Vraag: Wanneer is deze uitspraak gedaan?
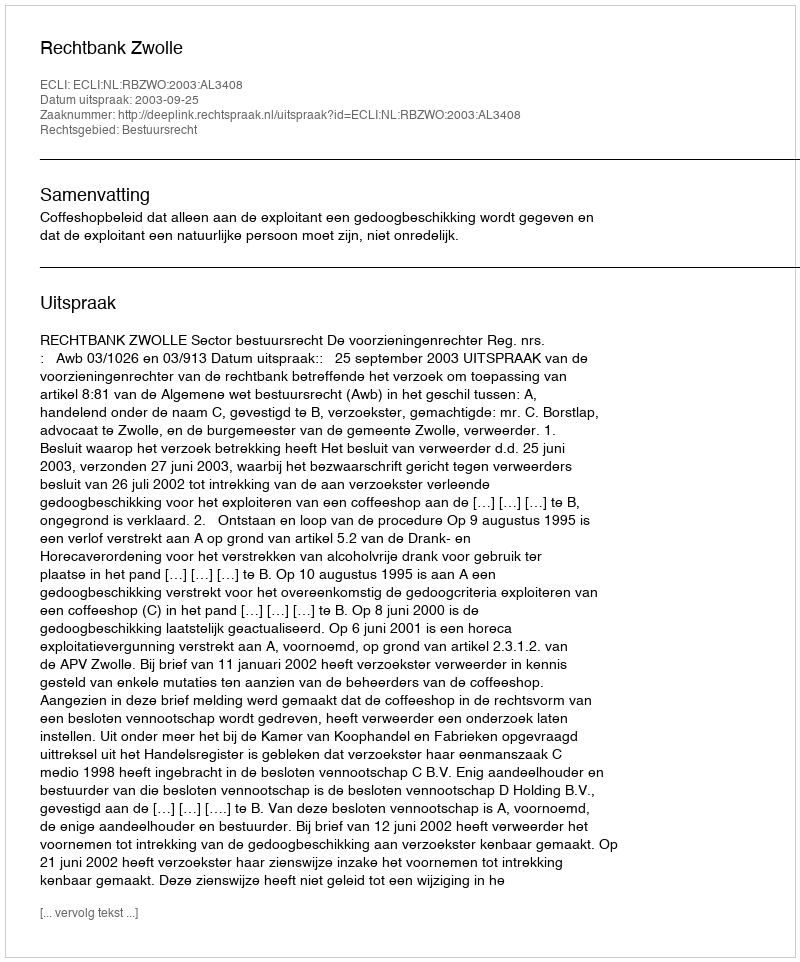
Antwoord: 2003-09-25